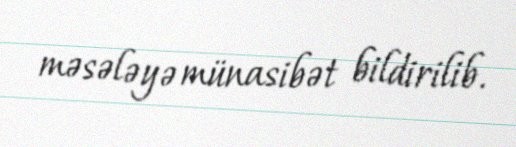
məsələyə münasibət bildirilib.